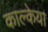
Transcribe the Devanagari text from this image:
काल्केया